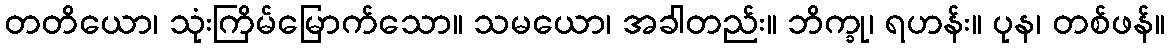
တတိယော၊ သုံးကြိမ်မြောက်သော။ သမယော၊ အခါတည်း။ ဘိက္ခု၊ ရဟန်း။ ပုန၊ တစ်ဖန်။